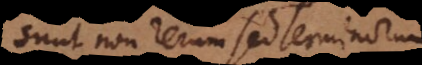
Sunt non rerum sed Terminorum.